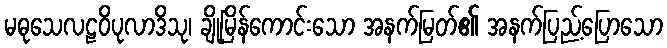
မဓုသေလဠဝိပုလာဒိသု၊ ချိုမြိန်ကောင်းသော အနက်မြတ်၏ အနက်ပြည့်ပြောသော